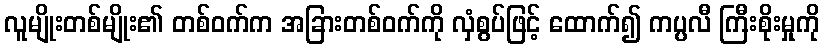
လူမျိုးတစ်မျိုး၏ တစ်ဝက်က အခြားတစ်ဝက်ကို လှံစွပ်ဖြင့် ထောက်၍ ကပ္ပလီ ကြီးစိုးမှုကို